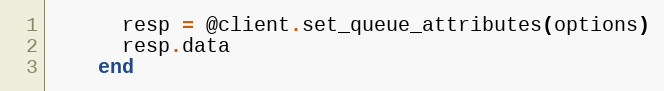
Language: Ruby
      resp = @client.set_queue_attributes(options)
      resp.data
    end